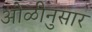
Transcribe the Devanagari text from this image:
ओळीनुसार